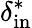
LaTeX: \delta_{\mathrm{in}}^{*}